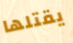
يقتلها